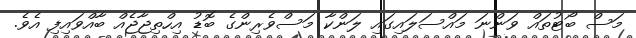
މަސް ބޯޓުތައް ވަންނަ މައްސަލައިގައި ލަންކާ މަސްވެރިންގެ ބޮޑު އިހްތިޖާޖެއް ބާއްވައިފި އެވެ.